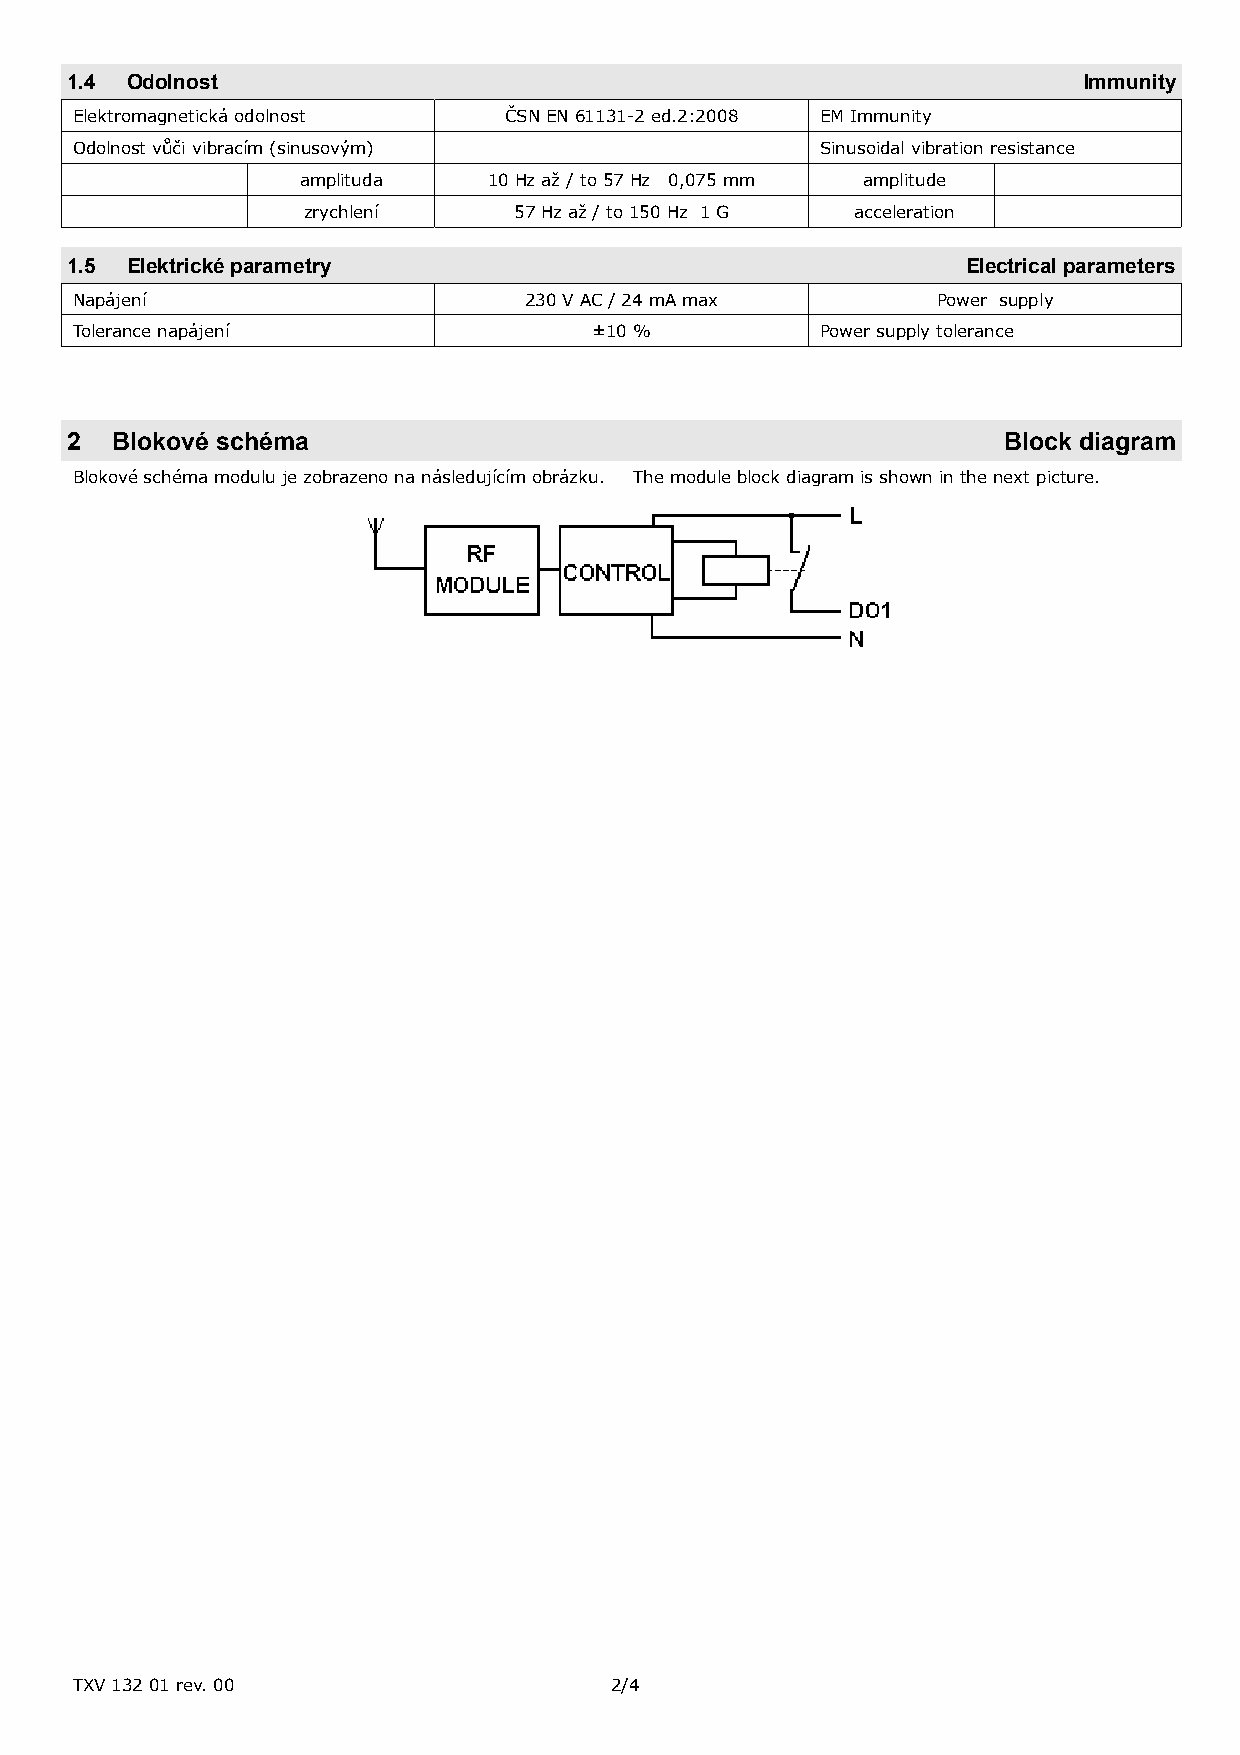
1.4 Odolnost                                                        Immunity
 Elektromagnetická odolnost  ČSN EN 61131-2 ed.2:2008 EM Immunity
 Odolnost vůči vibracím (sinusovým)               Sinusoidal vibration resistance
 amplituda   10 Hz až / to 57 Hz 0,075 mm amplitude
 zrychlení     57 Hz až / to 150 Hz 1 G acceleration
 1.5 Elektrické parametry                                    Electrical parameters
 Napájení                      230 V AC / 24 mA max       Power supply
 Tolerance napájení                ±10 %          Power supply tolerance
 2  Blokové schéma                                             Block diagram
 Blokové schéma modulu je zobrazeno na následujícím obrázku. The module block diagram is shown in the next picture.
 TXV 132 01 rev. 00                 2/4